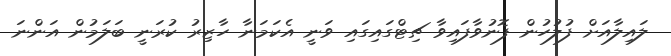
ލައިލާއަށް ފުލުހުން ފޮނުވާފައިވާ ޗިޓްގައިގައި ވަނީ އެކަމަނާ ހާޒިރު ކުރަނީ ބަލަމުން އަންނަ